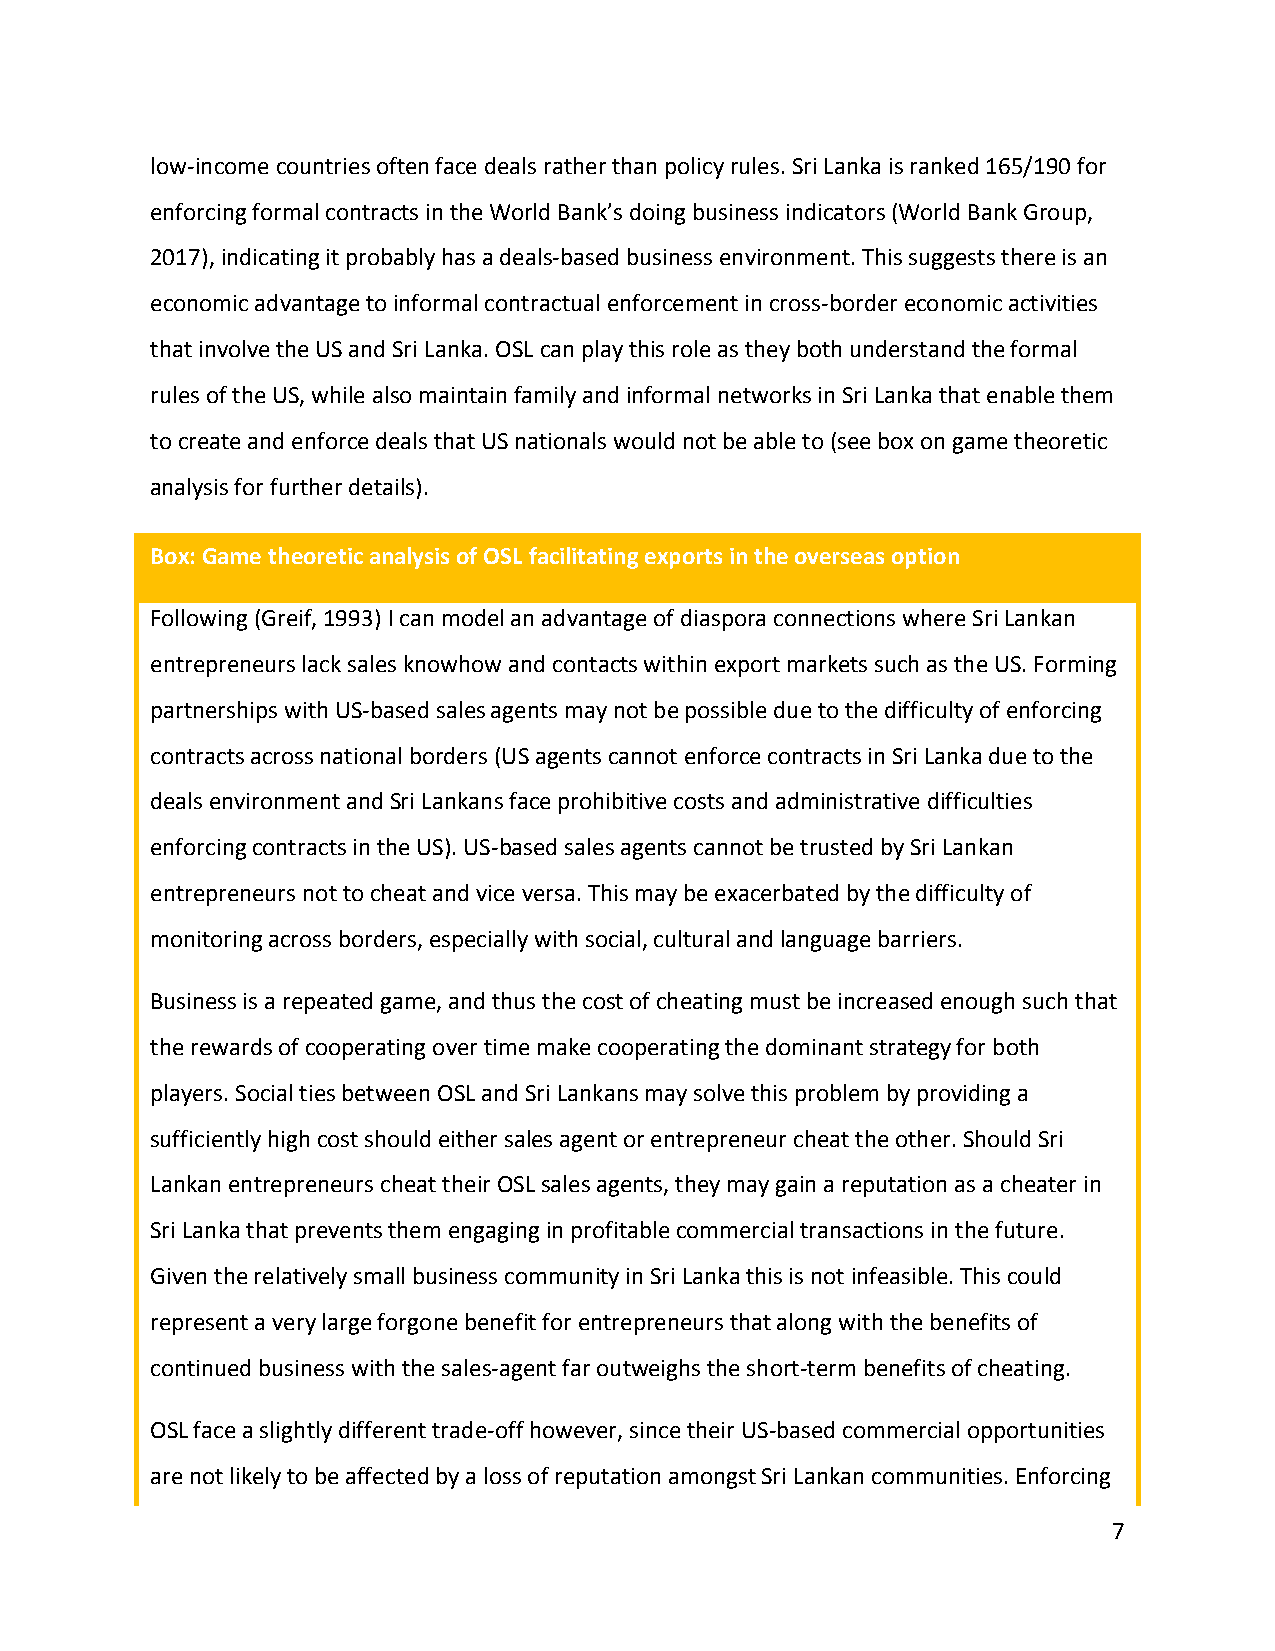
low-income countries often face deals rather than policy rules. Sri Lanka is ranked 165/190 for
 enforcing formal contracts in the World Bank’s doing business indicators (World Bank Group,
 2017), indicating it probably has a deals-based business environment. This suggests there is an
 economic advantage to informal contractual enforcement in cross-border economic activities
 that involve the US and Sri Lanka. OSL can play this role as they both understand the formal
 rules of the US, while also maintain family and informal networks in Sri Lanka that enable them
 to create and enforce deals that US nationals would not be able to (see box on game theoretic
 analysis for further details).
 Box: Game theoretic analysis of OSL facilitating exports in the overseas option
 Following (Greif, 1993) I can model an advantage of diaspora connections where Sri Lankan
 entrepreneurs lack sales knowhow and contacts within export markets such as the US. Forming
 partnerships with US-based sales agents may not be possible due to the difficulty of enforcing
 contracts across national borders (US agents cannot enforce contracts in Sri Lanka due to the
 deals environment and Sri Lankans face prohibitive costs and administrative difficulties
 enforcing contracts in the US). US-based sales agents cannot be trusted by Sri Lankan
 entrepreneurs not to cheat and vice versa. This may be exacerbated by the difficulty of
 monitoring across borders, especially with social, cultural and language barriers.
 Business is a repeated game, and thus the cost of cheating must be increased enough such that
 the rewards of cooperating over time make cooperating the dominant strategy for both
 players. Social ties between OSL and Sri Lankans may solve this problem by providing a
 sufficiently high cost should either sales agent or entrepreneur cheat the other. Should Sri
 Lankan entrepreneurs cheat their OSL sales agents, they may gain a reputation as a cheater in
 Sri Lanka that prevents them engaging in profitable commercial transactions in the future.
 Given the relatively small business community in Sri Lanka this is not infeasible. This could
 represent a very large forgone benefit for entrepreneurs that along with the benefits of
 continued business with the sales-agent far outweighs the short-term benefits of cheating.
 OSL face a slightly different trade-off however, since their US-based commercial opportunities
 are not likely to be affected by a loss of reputation amongst Sri Lankan communities. Enforcing
 7